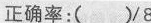
正确率:( )/8